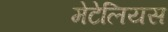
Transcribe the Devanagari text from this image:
मेटेलियस